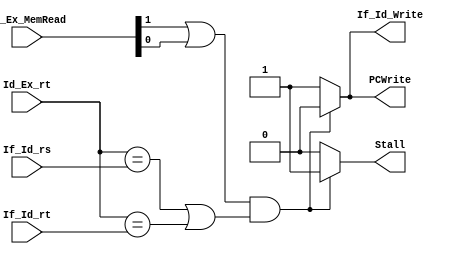
module HazardDetectionUnit(Stall, If_Id_Write, PCWrite, Id_Ex_MemRead, Id_Ex_rt, If_Id_rt, If_Id_rs );

input 	[1:0]	Id_Ex_MemRead;
input	[4:0]	Id_Ex_rt;
input	[4:0]	If_Id_rt;
input	[4:0]	If_Id_rs;

output		Stall;
output		If_Id_Write;
output		PCWrite;

reg		Stall;
reg		If_Id_Write;
reg		PCWrite;


always@(Id_Ex_MemRead or Id_Ex_rt or If_Id_rt or If_Id_rs )begin
	PCWrite = 1;
	Stall = 0;
	If_Id_Write = 1;
	
	 if((Id_Ex_MemRead[1] || Id_Ex_MemRead[0]) && ((Id_Ex_rt == If_Id_rs)||(Id_Ex_rt == If_Id_rt)))begin
		PCWrite = 0;
		Stall = 1;
		If_Id_Write = 0;
	end
end
endmodule